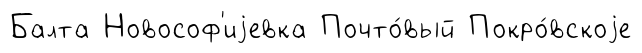
Балта Новософ'иjевка Почто́вый Покро́вскоjе